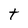
Character: t